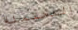
المحتملة